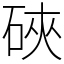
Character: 硤